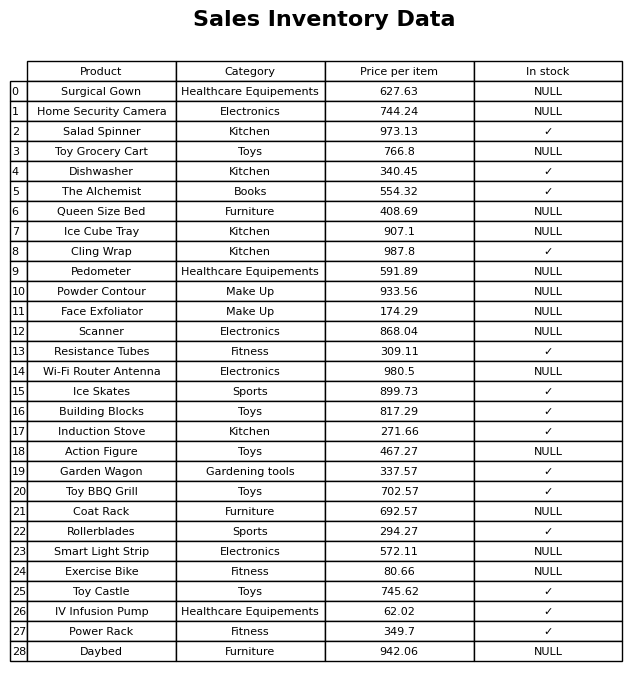
question: What is the stock status of the Pedometer?
answer: NULL